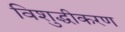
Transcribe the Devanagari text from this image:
विशुद्धीकरण